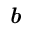
\textit { \textbf { b } }